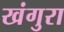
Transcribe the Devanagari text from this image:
खंगुरा